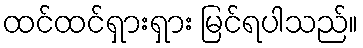
ထင်ထင်ရှားရှား မြင်ရပါသည်။